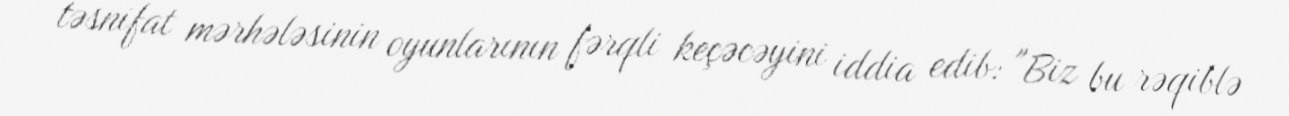
təsnifat mərhələsinin oyunlarının fərqli keçəcəyini iddia edib: "Biz bu rəqiblə